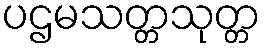
ပဌမသတ္တသုတ္တ